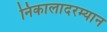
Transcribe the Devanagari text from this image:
निकालादरम्यान